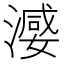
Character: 𣽦